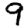
Digit: 9